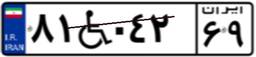
۸۱W۰۴۲۶۹